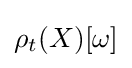
\rho _{t}(X)[\omega ]